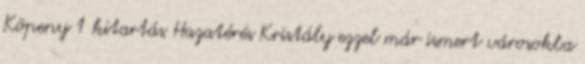
Köpeny 1 kitartás Hazatérés Kristály ezzel már ismert városokba